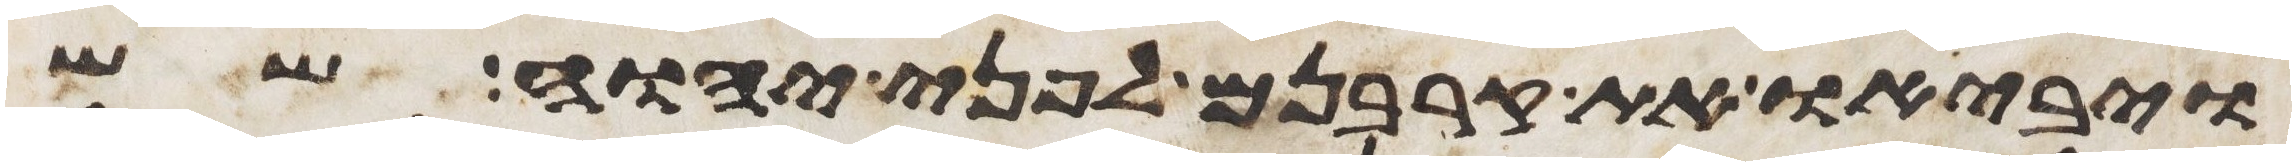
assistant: ויביאו את קרבנם לפני יהוה שש